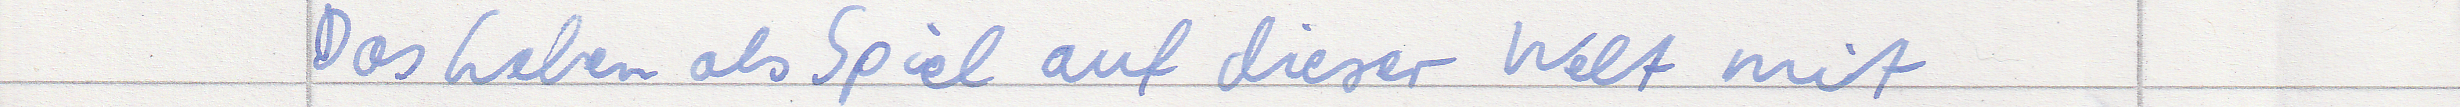
Das Leben als Spiel auf dieser Welt mit